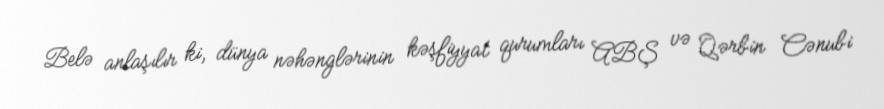
Belə anlaşılır ki, dünya nəhənglərinin kəşfiyyat qurumları ABŞ və Qərbin Cənubi